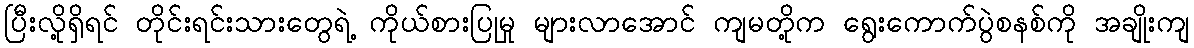
ပြီးလို့ရှိရင် တိုင်းရင်းသားတွေရဲ့ ကိုယ်စားပြုမှု များလာအောင် ကျမတို့က ရွေးကောက်ပွဲစနစ်ကို အချိုးကျ